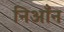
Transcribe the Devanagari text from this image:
निआँन